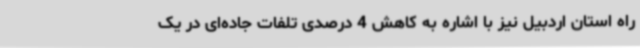
راه استان اردبیل نیز با اشاره به کاهش 4 درصدی تلفات جاده‌ای در یک